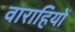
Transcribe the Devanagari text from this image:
वाराहियों